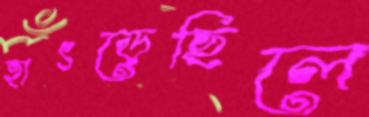
হাৎড়েছিলে